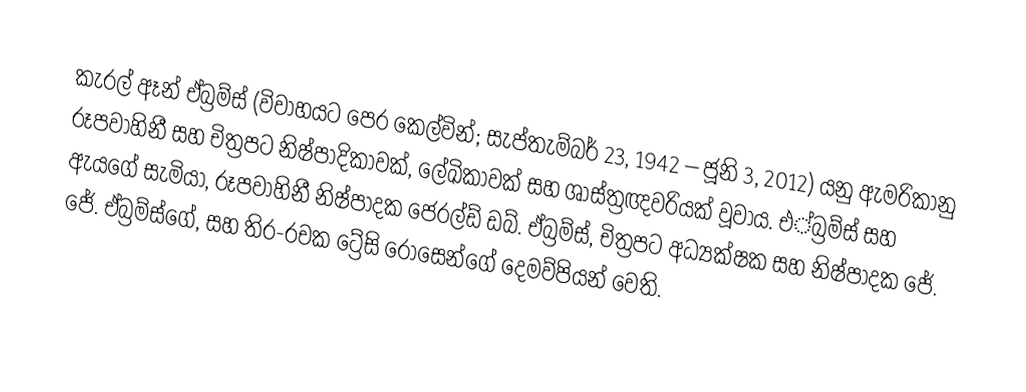
කැරල් ඈන් ඒබ්‍රම්ස් (විවාහයට පෙර කෙල්වින්; සැප්තැම්බර් 23, 1942 – ජූනි 3, 2012) යනු  ඇමරිකානු රූපවාහිනී සහ චිත්‍රපට නිෂ්පාදිකාවක්, ලේඛිකාවක් සහ ශාස්ත්‍රඥවරියක් වූවාය. එ්බ්‍රම්ස් සහ ඇයගේ සැමියා, රූපවාහිනී නිෂ්පාදක ජෙරල්ඩ් ඩබ්. ඒබ්‍රම්ස්, චිත්‍රපට අධ්‍යක්ෂක සහ නිෂ්පාදක  ජේ. ජේ. ඒබ්‍රම්ස්ගේ, සහ තිර-රචක ට්‍රේසි රොසෙන්ගේ දෙමව්පියන් වෙති.